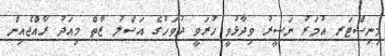
މިނިސްޓަރ އުމަރު ނަސީރު ވިދާޅުވީ ހުރަވީ ދުވަހުގެ އަސްލު ޒާތް މިއަދު ރާއްޖެއިން